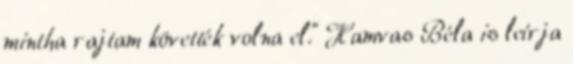
mintha rajtam követték volna el." Hamvas Béla is leírja